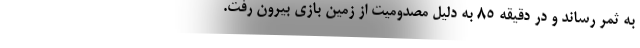
به ثمر رساند و در دقیقه ۸۵ به دلیل مصدومیت از زمین بازی بیرون رفت.